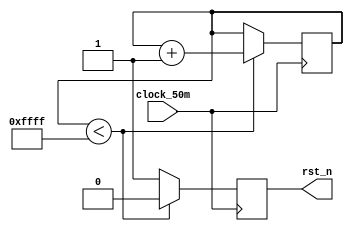
module reset_delay(clock_50m,rst_n);    //65536*20ns
   input clock_50m;
   output rst_n;
   reg [15:0]cnt = 16'h0000;
   reg rst_n;
  
   always@(posedge clock_50m)
   begin
      if(cnt<16'hffff)  // was 16'hffff or from me 16'd896
      begin
        cnt<=cnt+1;
        rst_n<=0;
      end
      else
        rst_n<=1;       
   end
endmodule